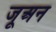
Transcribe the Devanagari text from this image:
जूअन